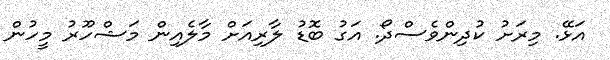
އަޅޭ. މިރަށު ކުދިންވެސްދޯ. އަގު ބޮޑު ލާރިއަށް މާލެއިން މަޝްހޫރު މީހުން